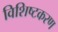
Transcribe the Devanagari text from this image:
विशिष्टकरण